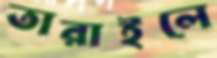
তারাইলে